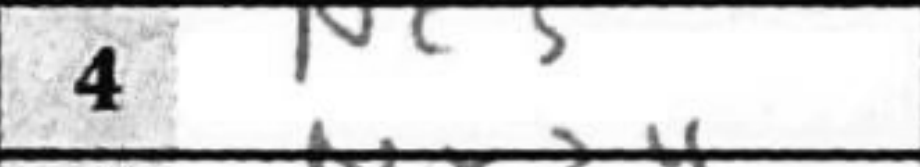
Transcription: Nc3